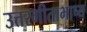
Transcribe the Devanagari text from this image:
उत्तरगीताभाष्य